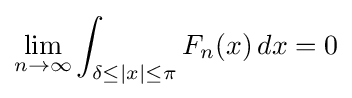
\lim _{n\to \infty }\int _{\delta \leq |x|\leq \pi }F_{n}(x)\,dx=0